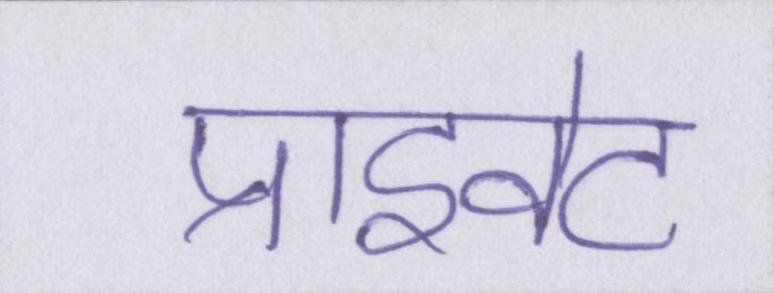
प्राइवेट